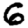
Digit: 6